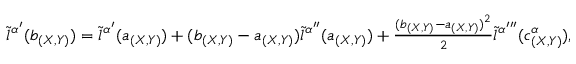
\begin{array} { r } { \tilde { l } ^ { \alpha ^ { \prime } } ( b _ { ( X , Y ) } ) = \tilde { l } ^ { \alpha ^ { \prime } } ( a _ { ( X , Y ) } ) + ( b _ { ( X , Y ) } - a _ { ( X , Y ) } ) \tilde { l } ^ { \alpha ^ { \prime \prime } } ( a _ { ( X , Y ) } ) + \frac { ( b _ { ( X , Y ) } - a _ { ( X , Y ) } ) ^ { 2 } } { 2 } \tilde { l } ^ { \alpha ^ { \prime \prime \prime } } ( c _ { ( X , Y ) } ^ { \alpha } ) , } \end{array}